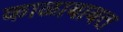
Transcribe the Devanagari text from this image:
काळाबाबत